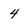
Character: 4